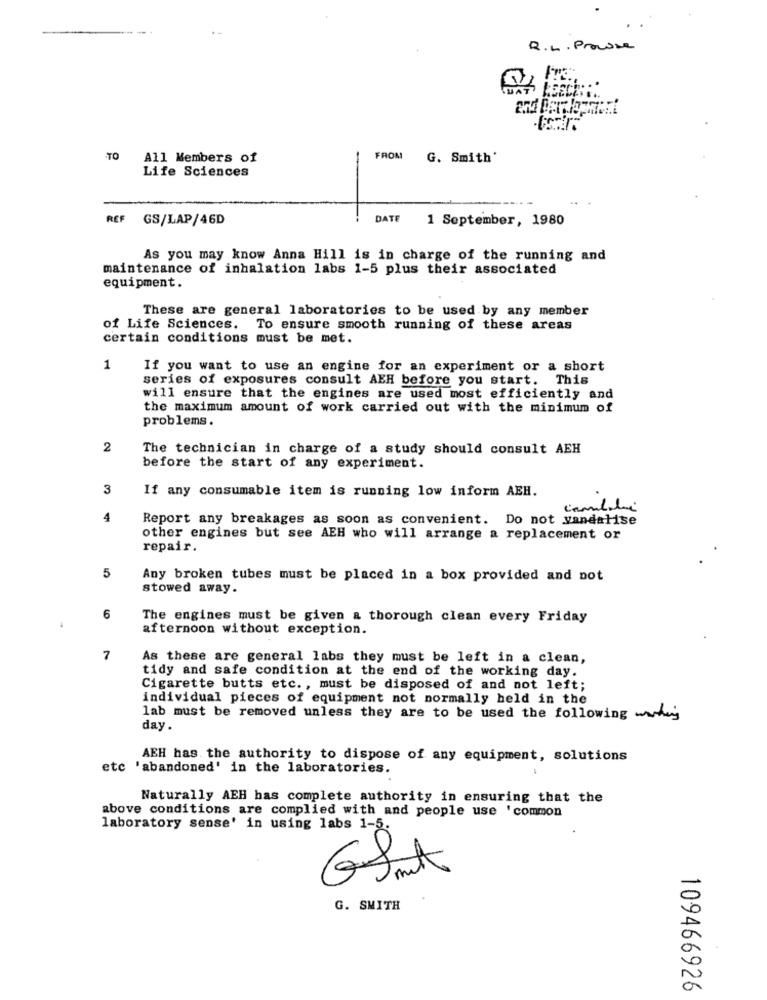
R. L . Prowse
TO
All Members of
FROM
G. Smith'
Life Sciences
REF GS/LAP/46D
DATE
1 September, 1980
As you may know Anna Hill is in charge of the running and
maintenance of inhalation labs 1-5 plus their associated
equipment.
These are general laboratories to be used by any member
of Life Sciences. To ensure smooth running of these areas
certain conditions must be met.
1
If you want to use an engine for an experiment or a short
series of exposures consult AEH before you start. This
will ensure that the engines are used most efficiently and
the maximum amount of work carried out with the minimum of
problems.
2
The technician in charge of a study should consult AEH
before the start of any experiment.
3
If any consumable item is running low inform AEH.
4
Report any breakages as soon as convenient. Do not vandalise
other engines but see AEH who will arrange a replacement or
repair.
5
Any broken tubes must be placed in a box provided and not
stowed away.
6
The engines must be given a thorough clean every Friday
afternoon without exception.
7
As these are general labs they must be left in a clean,
tidy and safe condition at the end of the working day.
Cigarette butts etc ., must be disposed of and not left;
individual pieces of equipment not normally held in the
lab must be removed unless they are to be used the following wat
day.
AEH has the authority to dispose of any equipment, solutions
etc 'abandoned' in the laboratories.
Naturally AEH has complete authority in ensuring that the
above conditions are complied with and people use 'common
laboratory sense' in using labs 1-5.
G. SMITH
109466926